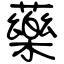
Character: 藥